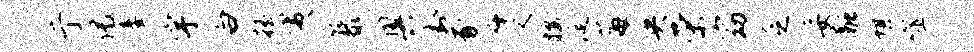
亍偈妾宇白摇夷藜奥封豕千父按涎莓央荣窈乏妥融堪噬